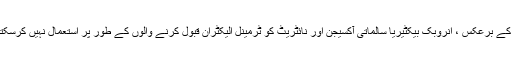
ایروبز کے برعکس ، انروبک بیکٹیریا سالماتی آکسیجن اور نائٹریٹ کو ٹرمینل الیکٹران قبول کرنے والوں کے طور پر استعمال نہیں کرسکتے ہیں۔